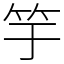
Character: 竽